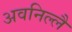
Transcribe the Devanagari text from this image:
अवनिल्लै